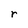
Character: r